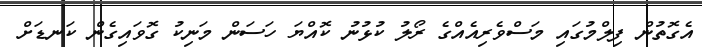
އެގޮތުން ފިލްމުގައި މަސްވެރިއެއްގެ ރޯލު ކުޅުނު ކޮއްޔަ ހަސަން މަނިކު ގޮވައިގެން ކަނޑަށް